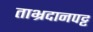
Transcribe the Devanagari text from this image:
ताभ्रदानपट्ट